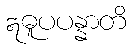
ဣဓူပပန္နာတိ